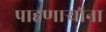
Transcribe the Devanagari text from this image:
पाहणाऱ्यांना